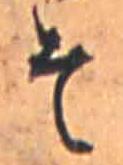
そ